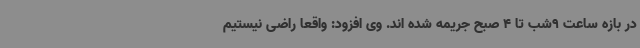
در بازه ساعت 9شب تا 4 صبح جریمه شده اند. وی افزود: واقعا راضی نیستیم